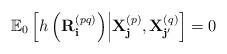
LaTeX: \begin{align*}\mathbb{E}_0 \left[h\left({\mathbf R}_{\bf i}^{(pq)}\right)\middle| {\bf X}^{(p)}_{\bf j}, {\bf X}^{(q)}_{\bf j'}\right] = 0\end{align*}